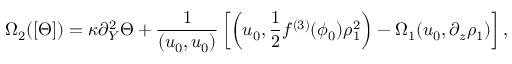
\Omega _ { 2 } ( [ \Theta ] ) = \kappa \partial _ { Y } ^ { 2 } \Theta + \frac { 1 } { ( u _ { 0 } , u _ { 0 } ) } \left[ \left( u _ { 0 } , \frac { 1 } { 2 } f ^ { ( 3 ) } ( \phi _ { 0 } ) \rho _ { 1 } ^ { 2 } \right) - \Omega _ { 1 } ( u _ { 0 } , \partial _ { z } \rho _ { 1 } ) \right] ,